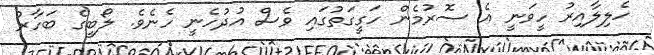
ހެލިލާއިރު ހީވަނީ އެ ސޮރުމެން ހަގީގަތުގައި ވެސް އުދުހެނީ ހެނެވެ. ލޯބީގެ ބަހާރު